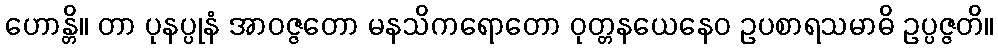
ဟောန္တိ။ တာ ပုနပ္ပုနံ အာဝဇ္ဇတော မနသိကရောတော ဝုတ္တနယေနေဝ ဥပစာရသမာဓိ ဥပ္ပဇ္ဇတိ။